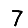
Digit: 7